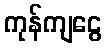
ကုန်ကျငွေ